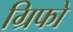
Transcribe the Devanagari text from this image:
ग्रिफो